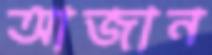
আজান